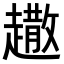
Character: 𧽾